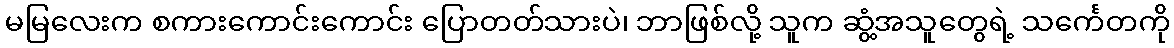
မမြလေးက စကားကောင်းကောင်း ပြောတတ်သားပဲ၊ ဘာဖြစ်လို့ သူက ဆွံ့အသူတွေရဲ့ သင်္ကေတကို